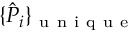
\{ \hat { P } _ { i } \} _ { \mathrm { ~ u ~ n ~ i ~ q ~ u ~ e ~ } }